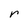
Character: r